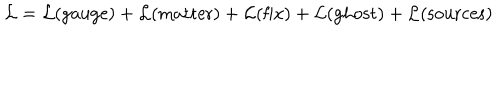
{ \cal L } = { \cal L } ( \mathrm { g a u g e } ) + { \cal L } ( \mathrm { m a t t e r } ) + { \cal L } ( \mathrm { f i x } ) + { \cal L } ( \mathrm { g h o s t } ) + { \cal L } ( \mathrm { s o u r c e s } )